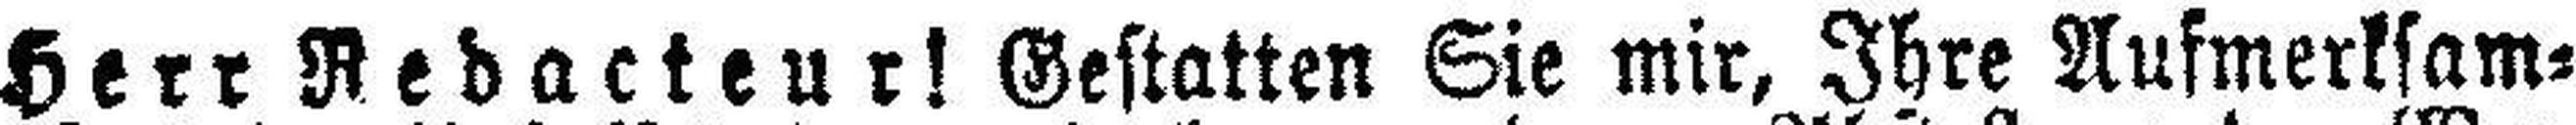
Herr Redakteur! Gestatten Sie mir, Ihre Aufmerksam¬